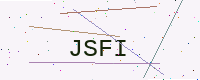
Text: JSFI